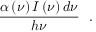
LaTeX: \frac { \alpha \left( \nu \right) I \left( \nu \right) d \nu } { h \nu } ~ ~ .